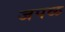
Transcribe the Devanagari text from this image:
जपळ